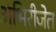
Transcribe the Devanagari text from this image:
अभिरीजेत